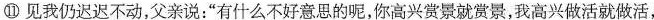
⑪见我仍迟迟不动，父亲说：”有什么不好意思的呢，你高兴赏景就赏景，我高兴做活就做活，